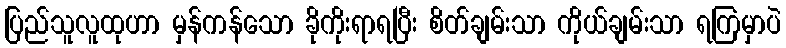
ပြည်သူလူထုဟာ မှန်ကန်သော ခိုကိုးရာရပြီး စိတ်ချမ်းသာ ကိုယ်ချမ်းသာ ရကြမှာပဲ